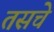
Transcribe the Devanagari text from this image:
तसचे